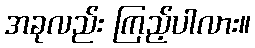
အခုလည်း ကြည့်ပါလား။